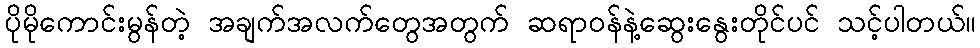
ပိုမိုကောင်းမွန်တဲ့ အချက်အလက်တွေအတွက် ဆရာဝန်နဲ့ဆွေးနွေးတိုင်ပင် သင့်ပါတယ်။